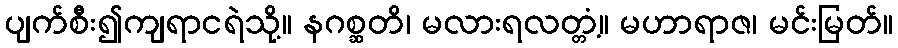
ပျက်စီး၍ကျရာငရဲသို့။ နဂစ္ဆတိ၊ မလားရလတ္တံ့။ မဟာရာဇ၊ မင်းမြတ်။